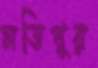
মতিপুর